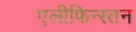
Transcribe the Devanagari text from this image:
एलीफिन्स्तन